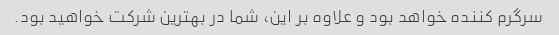
سرگرم کننده خواهد بود و علاوه بر این، شما در بهترین شرکت خواهید بود.